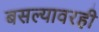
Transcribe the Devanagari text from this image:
बसल्यावरही